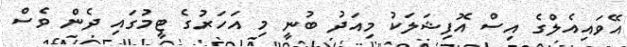
އޭވައިއެލްގެ އިސް އޮފިޝަލަކު މިއަދު ބުނީ މި އަހަރުގެ ޓީމުގައި ދެން ވެސް